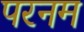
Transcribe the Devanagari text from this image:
परनम